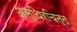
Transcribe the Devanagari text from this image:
अस्थिरचित्त